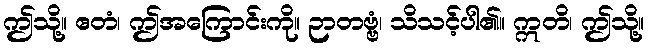
ဤသို့။ ဧတံ၊ ဤအကြောင်းကို။ ဉာတဗ္ဗံ၊ သိသင့်ပါ၏။ ဣတိ၊ ဤသို့။